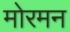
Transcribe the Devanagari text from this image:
मोरमन